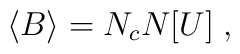
\langle B\rangle = N_c N[U] \;,